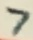
Text: 7